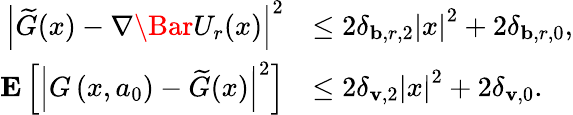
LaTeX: \begin{array}{rl}{\left|\widetilde{G}(x)-\nabla\Bar{U}_{r}(x)\right|^{2}}&{\le 2\delta_{\mathbf{b},r,2}\left|x\right|^{2}+2\delta_{\mathbf{b},r,0},}\\ {\mathbf{E}\left[\left|{G}\left(x,a_{0}\right)-\widetilde{G}(x)\right|^{2}\right]}&{\le 2\delta_{\mathbf{v},2}\left|x\right|^{2}+2\delta_{\mathbf{v},0}.}\end{array}